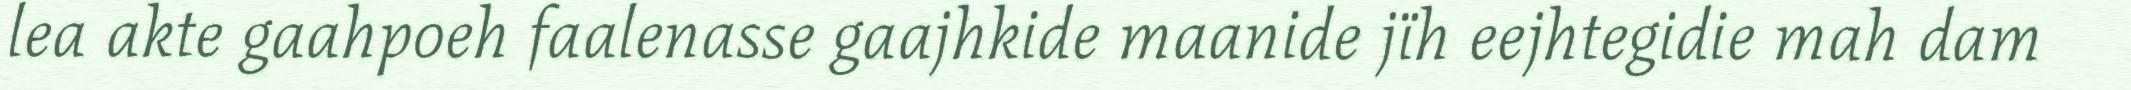
lea akte gaahpoeh faalenasse gaajhkide maanide jïh eejhtegidie mah dam